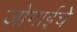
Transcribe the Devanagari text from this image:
जोगाईचे